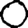
Digit: 0